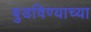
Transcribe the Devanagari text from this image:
बुडविण्याच्या